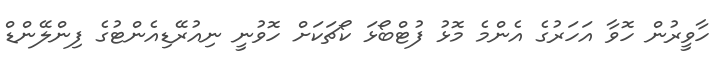
ހާވީރުން ހޮވާ އަހަރުގެ އެންމެ މޮޅު ފުޓްބޯޅަ ކޯޗަކަށް ހޮވުނީ ނިއުރޭޑިއެންޓުގެ ފިންލޭންޑް